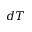
d T